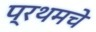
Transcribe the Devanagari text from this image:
प्रथमचे